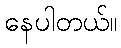
နေပါတယ်။